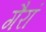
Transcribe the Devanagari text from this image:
गैरां